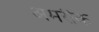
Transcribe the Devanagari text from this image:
अमरीके